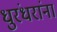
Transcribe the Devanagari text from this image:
धुरंधरांना